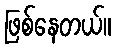
ဖြစ်နေတယ်။